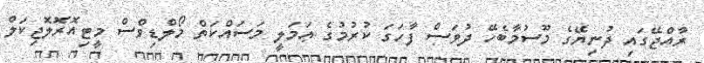
ރާއްޖޭގައި ދުނިޔޭގެ މޫސުމާބެހޭ ދުވަސް ފާހަގަ ކުރުމުގެ ޢަމަލީ މަސައްކަތް މޯލްޑިވްސް މީޓިއޮރޮލޮޖިކަލް